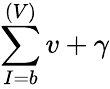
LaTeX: \sum\limits_{I=b}^{(V)}v+\gamma